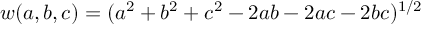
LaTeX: w ( a , b , c ) = ( a ^ { 2 } + b ^ { 2 } + c ^ { 2 } - 2 a b - 2 a c - 2 b c ) ^ { 1 / 2 }